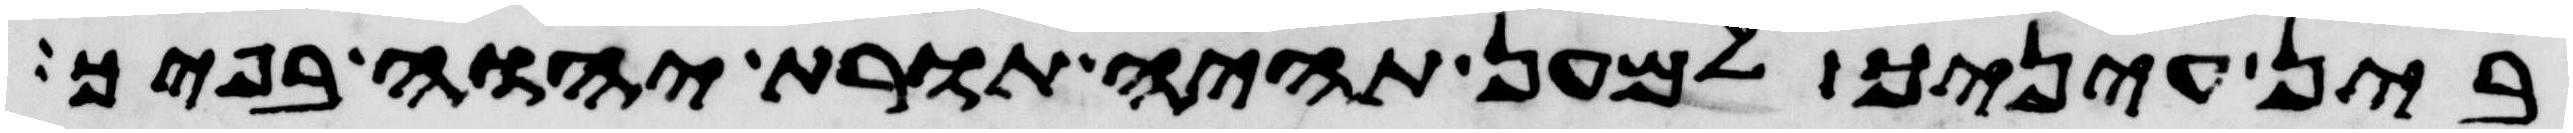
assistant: בין עיניך למען תהיה תורת יהוה בפיך